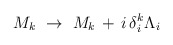
\begin{align*}M_k\ \rightarrow\ M_k\, +\, i\, \delta^k_i \Lambda_i\end{align*}